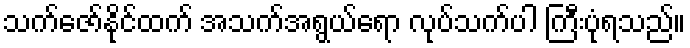
သက်ဇော်နိုင်ထက် အသက်အရွယ်ရော လုပ်သက်ပါ ကြီးပုံရသည်။